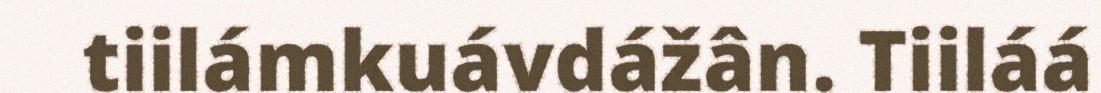
tiilámkuávdážân. Tiiláá